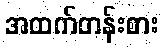
အထက်တန်းစား